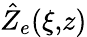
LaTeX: \hat{Z}_{e}(\xi,\! z)